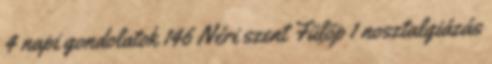
4 napi gondolatok 146 Néri szent Fülöp 1 nosztalgiázás